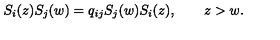
S _ { i } ( z ) S _ { j } ( w ) = q _ { i j } S _ { j } ( w ) S _ { i } ( z ) , \qquad z > w .